Leaving Certificate Examination, 1911
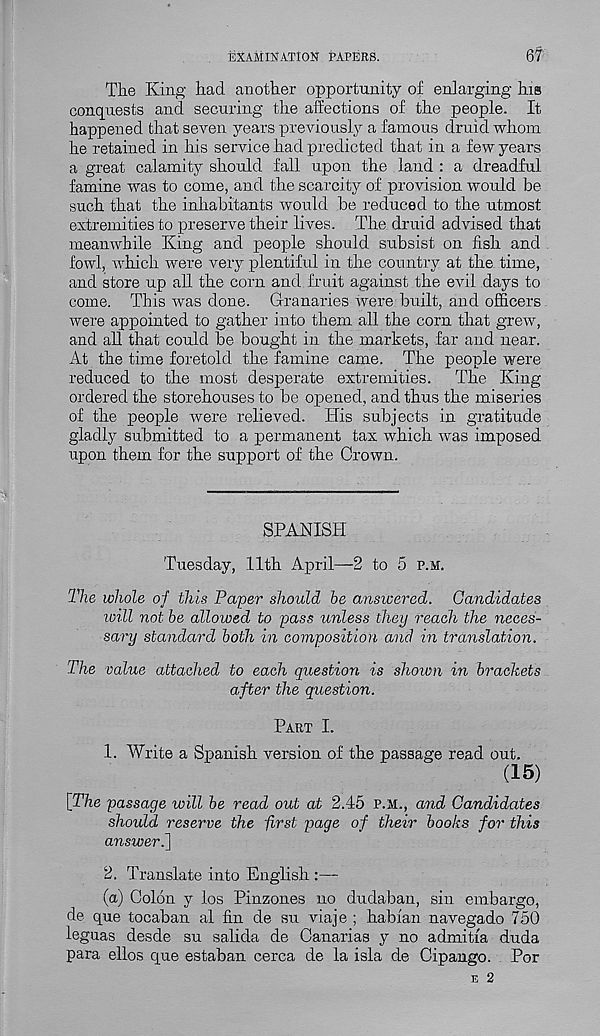
EXAMINATION PAPERS.
67
The King had another opportunity of enlarging his
conquests and securing the affections of the people. It
happened that seven years previous^ a famous druid whom
he retained in his service had predicted that in a few years
a great calamity should fall upon the land : a dreadful
famine was to come, and the scarcity of provision would be
such that the inhabitants would be reduced to the utmost
extremities to preserve their lives. The druid advised that
meanwhile King and people should subsist on fish and
fowl, which were very plentiful in the country at the. time,
and store up all the corn and fruit against the evil days to
come. This was done. Granaries were built, and officers
were appointed to gather into them all the corn that grew,
and all that could be bought in the markets, far and near.
At the time foretold the famine came. The people were
reduced to the most desperate extremities.
The King
ordered the storehouses to be opened, and thus the miseries
of the people were relieved. His subjects in gratitude
gladly submitted to a permanent tax which was imposed
upon them for the support of the Crown.
SPANISH
Tuesday, 11th April—2 to 5 p.m.
The whole of this Paper should he answered. Candidates
will not be allowed to pass unless they reach the neces-
sary standard both in composition and in translation.
The value attached to each question is shown in brackets
after the question.
Part I.
1. Write a Spanish version of the passage read out.
(15)
[The passage will be read out at 2.45 p.m., and Candidates
should reserve the first page of their books for this
answer.]
2. Translate into English :—
(a) Colon y los Pinzones no dudaban, sin embargo,
de que tocaban al fin de su viaje ; habfan navegado 750
leguas desde su salida de Canarias y no admitfa duda
para ellos que estaban cerca de la isla de Cipango. Por